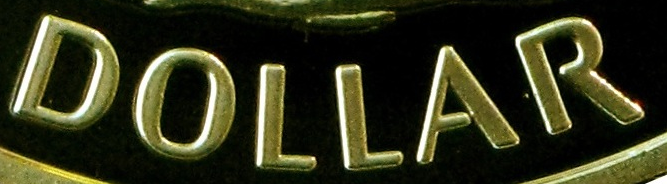
DOLLAR